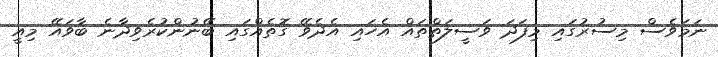
ނަމަވެސް މިސުރުގައި މިފަދަ ވަސީލަތްތައް އެހައި އެދެވޭ ގޮތެއްގައި ބޭނުންކުރެވިދާނެ ބާވައޭ މިއީ